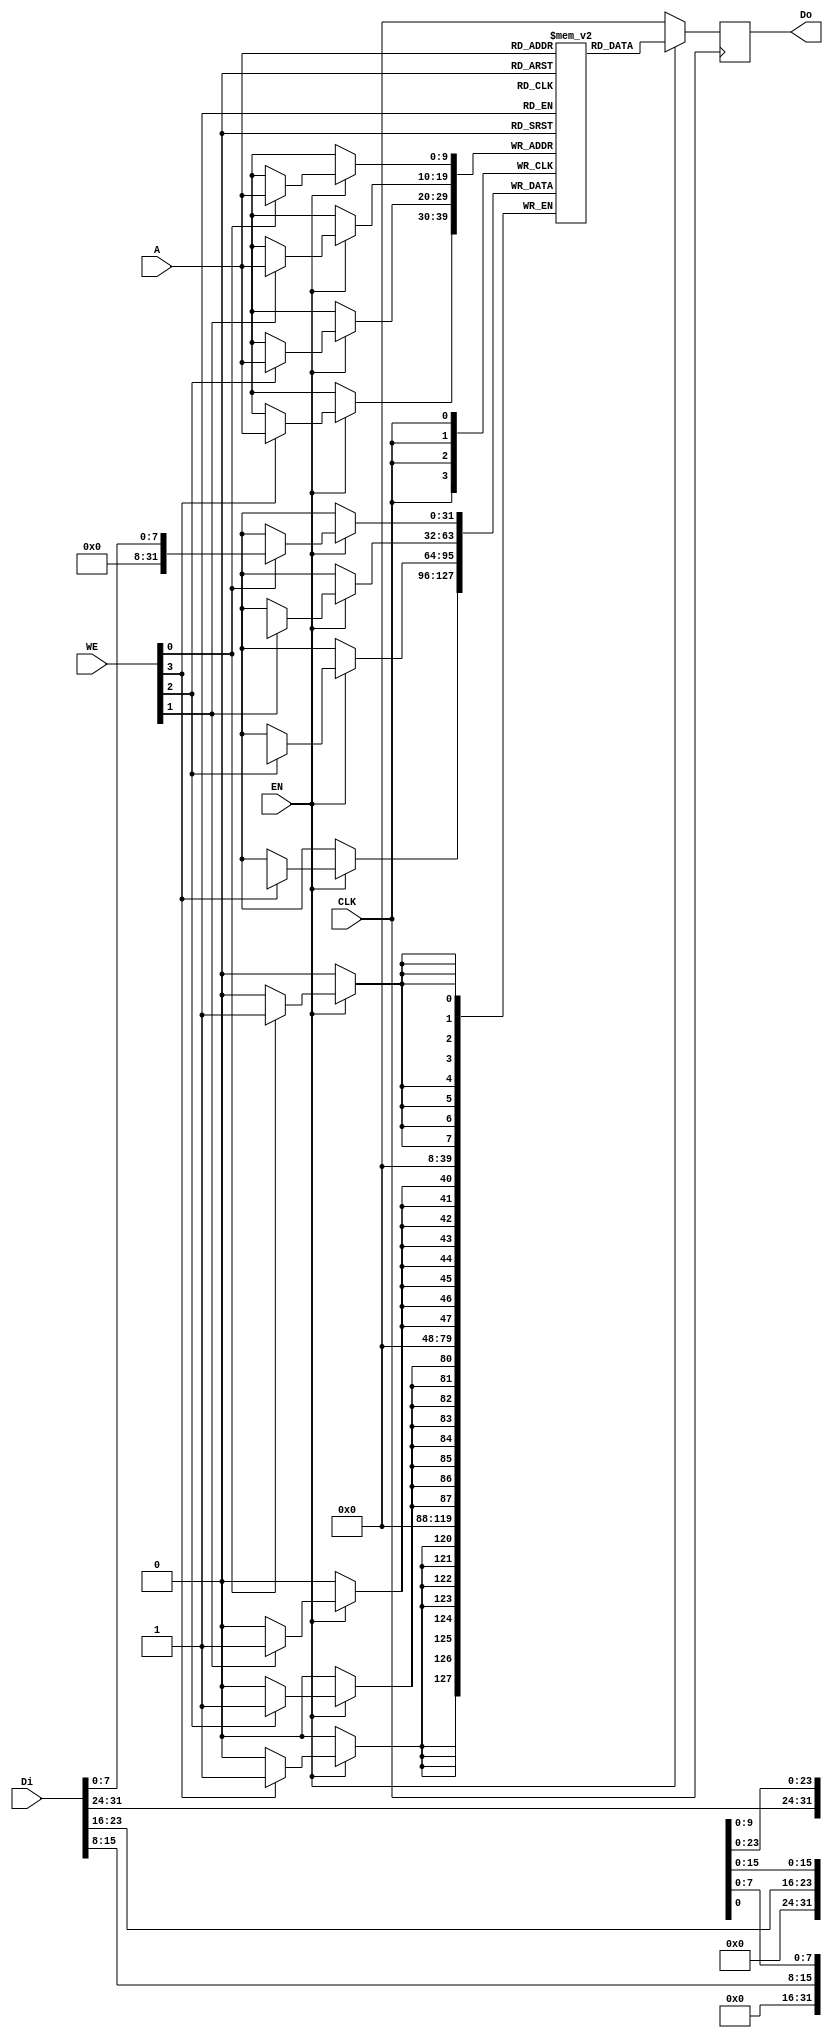
// SPDX-FileCopyrightText: 2020 Mohamed Shalan
//
// Licensed under the Apache License, Version 2.0 (the "License");
// you may not use this file except in compliance with the License.
// You may obtain a copy of the License at
//
//      http://www.apache.org/licenses/LICENSE-2.0
//
// Unless required by applicable law or agreed to in writing, software
// distributed under the License is distributed on an "AS IS" BASIS,
// WITHOUT WARRANTIES OR CONDITIONS OF ANY KIND, either express or implied.
// See the License for the specific language governing permissions and
// limitations under the License.
// SPDX-License-Identifier: Apache-2.0

module DFFRAM_beh #( parameter WSIZE=4)
(
`ifdef USE_POWER_PINS
    vccd1,
    vssd1,
`endif
    CLK,
    WE,
    EN,
    Di,
    Do,
    A
);
    localparam A_WIDTH = 8+$clog2(WSIZE);

`ifdef USE_POWER_PINS
    input wire vccd1;
    input wire vssd1;
`endif

    input   wire            CLK;
    input   wire    [3:0]   WE;
    input   wire            EN;
    input   wire    [31:0]  Di;
    output  reg     [31:0]  Do;
    input   wire    [(A_WIDTH - 1): 0]   A;

    reg [31:0] RAM[(256*WSIZE)-1 : 0];
    
    always @(posedge CLK) 
        if(EN) begin
            Do <= RAM[A];
            if(WE[0]) RAM[A][ 7: 0] <= Di[7:0];
            if(WE[1]) RAM[A][15:8] <= Di[15:8];
            if(WE[2]) RAM[A][23:16] <= Di[23:16];
            if(WE[3]) RAM[A][31:24] <= Di[31:24];
        end 
        else
            Do <= 32'b0;
            
endmodule